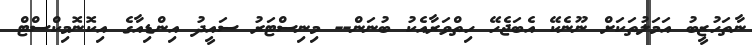
ނާތަހުޒީބު އަމަލުތަކަށް ނޫނެކޭ އެބަޖެހޭ ހިތްވަރާއެކު ބުނަން-- މިނިސްޓަރު ސައީދު އިންޑިއާގެ އިކޮނޮމިކްސްޓް